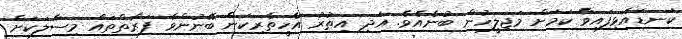
ކަނޑައެޅިފައިވާ ކަމަށް މަޖިލީހުން ބުނެއެވެ. އަދި އިތުރު އެހީތެރިކަން ބޭނުންވާ ފަރާތްތައް މިސާލަކަށް